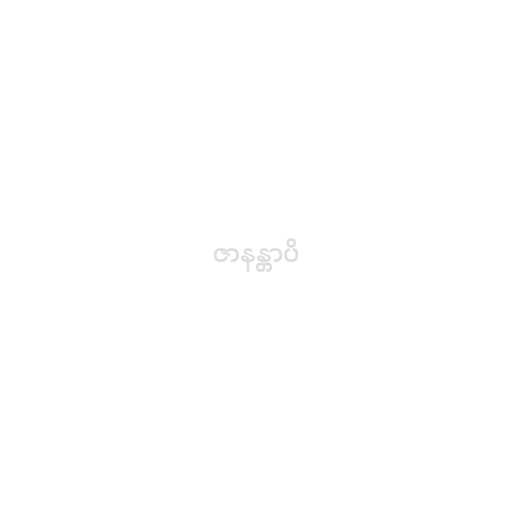
ဇာနန္တာပိ